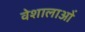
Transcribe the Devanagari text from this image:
वेशालाओं